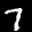
Label: 7